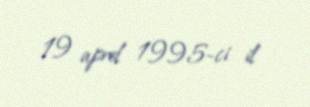
19 aprel 1995-ci il